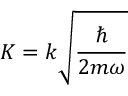
{ K = k \sqrt { \frac { \hbar } { 2 m \omega } } }